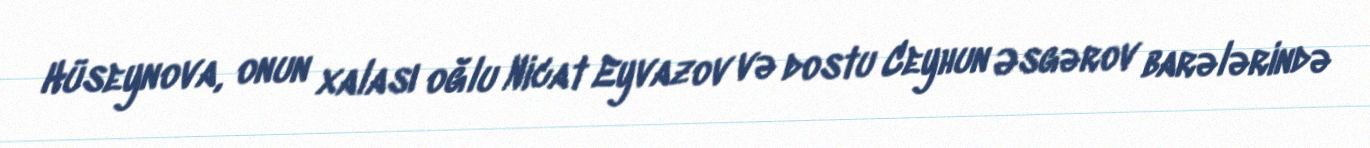
Hüseynova, onun xalası oğlu Nicat Eyvazov və dostu Ceyhun Əsgərov barələrində